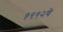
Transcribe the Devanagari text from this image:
१९९२चे